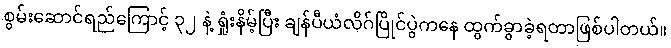
စွမ်းဆောင်ရည်ကြောင့် ၃၂ နဲ့ ရှုံးနိမ့်ပြီး ချန်ပီယံလိဂ်ပြိုင်ပွဲကနေ ထွက်ခွာခဲ့ရတာဖြစ်ပါတယ်။